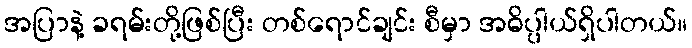
အပြာနဲ့ ခရမ်းတို့ဖြစ်ပြီး တစ်ရောင်ချင်း စီမှာ အဓိပ္ပါယ်ရှိပါတယ်။